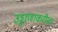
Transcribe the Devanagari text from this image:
उड्डाणाकरीता